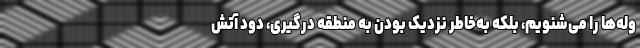
وله‌ها را می‌شنویم، بلکه به‌خاطر نزدیک بودن به منطقه درگیری، دود آتش